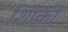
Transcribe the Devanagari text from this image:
शिप्की